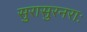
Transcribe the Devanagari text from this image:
सुरासुरनराः